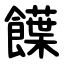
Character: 䭟